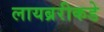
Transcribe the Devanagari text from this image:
लायब्ररीकडे